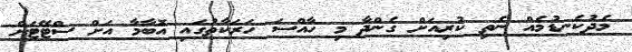
މެދުކެނޑުމެއް ނެތި ކުރިއަށް ގެންދާ މި ހާއްސަ ހަރަކާތުގައި އޮބާމާ އަށް ސްޓޭޓަށް